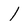
Character: 1